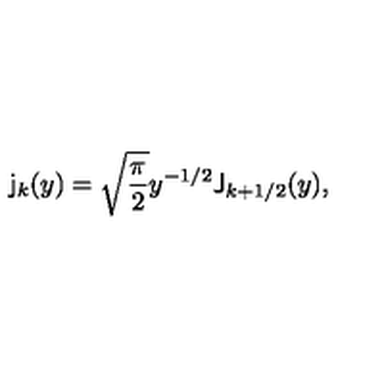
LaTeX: \mathsf { j } _ { k } ( y ) = \sqrt { \frac { \pi } { 2 } } y ^ { - 1 / 2 } \mathsf { J } _ { k + 1 / 2 } ( y ) , \quad